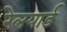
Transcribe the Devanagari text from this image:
रेलयार्ड